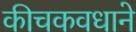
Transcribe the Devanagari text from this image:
कीचकवधाने